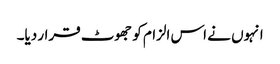
انہوں نے اس الزام کو جھوٹ قرار دیا۔